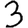
Digit: 3